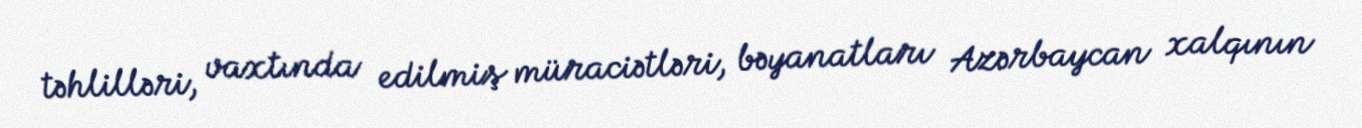
təhlilləri, vaxtında edilmiş müraciətləri, bəyanatları Azərbaycan xalqının